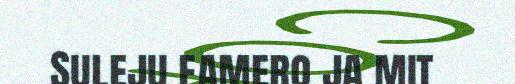
Suleju famero ja mit